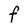
Character: F